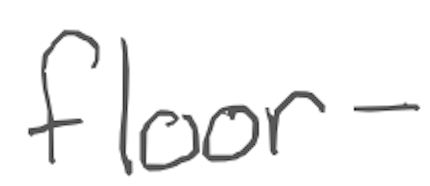
Text: floor-
Cross-out: clean
Writing tool: digital_gray